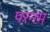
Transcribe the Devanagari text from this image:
परनम